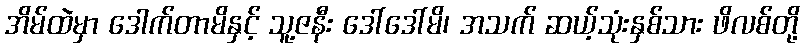
အိမ်ထဲမှာ ဒေါက်တာမိနှင့် သူ့ဇနီး ဒေါ်ဒေါ်မိ၊ အသက် ဆယ့်သုံးနှစ်သား ဖိလစ်တို့